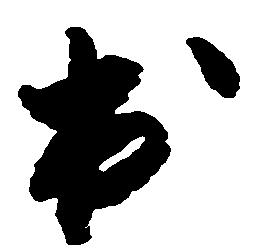
出